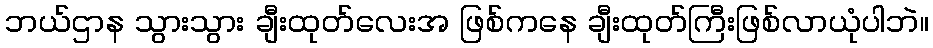
ဘယ်ဌာန သွားသွား ချီးထုတ်လေးအ ဖြစ်ကနေ ချီးထုတ်ကြီးဖြစ်လာယုံပါဘဲ။